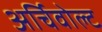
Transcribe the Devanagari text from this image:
अर्चिवोल्ट